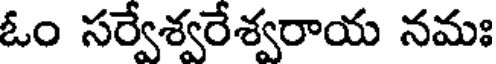
ఓం సర్వేశ్వరేశ్వరాయ నమః